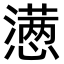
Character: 懑